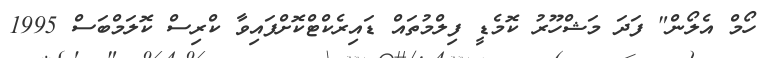
ހޯމް އެލޯން" ފަދަ މަޝްހޫރު ކޮމެޑީ ފިލްމުތައް ޑައިރެކްޓްކޮށްފައިވާ ކްރިސް ކޮލަމްބަސް 1995